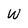
Character: W